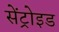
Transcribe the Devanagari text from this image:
सेंट्रोइड